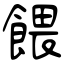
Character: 餵